Annual statistical returns and brief notes on vaccination in Bengal - 1909-1929
Year: 1909
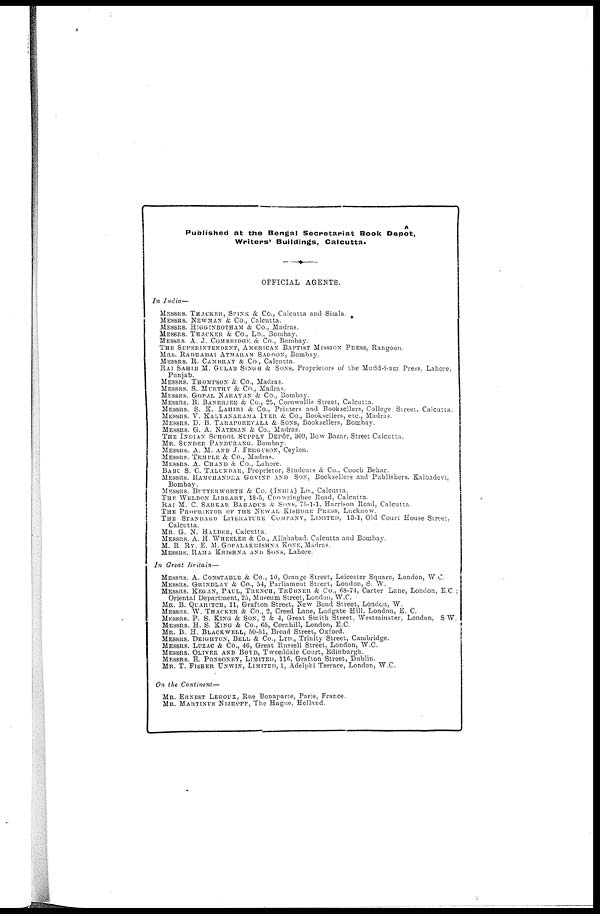
Published at the Bengal Secretariat Book Depôt,
Writers' Buildings, Calcutta.
OFFICIAL AGENTS.
In India—
MESSRS. THACKER, SPINK & Co., Calcutta and Simla.
MESSRS. NEWMAN & Co., Calcutta.
MESSRS. HIGGINBOTHAM & Co., Madras.
MESSRS. THACKER & Co.. LD., Bombay.
MESSRS. A. J. COMBRIDGE & Co., Bombay.
THE SUPERINTENDENT, AMERICAN BAPTIST MISSION PRESS, Rangoon.
MRS. RADHABAI ATMARAM SAGOON, Bombay.
MESSRS. R. CAMBRAY & Co., Calcutta.
RAI SAHIB M. GULAB SINGH & SONS, Proprietors of the Mufid-i-am Press, Lahore,
Punjab.
MESSRS. THOMPSON & Co., Madras.
MESSRS. S. MURTHY & Co., Madras.
MESSRS. GOPAL, NARAYAN & Co., Bombay.
MESSRS. B. BANERJEE & Co., 25, Cornwallis Street, Calcutta.
MESSRS. S. K. LAHIRI & Co., Printers and Booksellers, College Street, Calcutta.
MESSRS. V. KALYANARAMA IYER & Co., Booksellers, etc., Madras.
MESSRS. D. B. TARAPOREVALA & SONS, Booksellers, Bombay.
MESSRS. G. A. NATESAN & Co., Madras.
THE INDIAN SCHOOL SUPPLY DEPÔT, 309, Bow Bazar, Street Calcutta.
MR. SUNDER PANDURANG. Bombay.
MESSRS. A. M. AND J. FERGUSON, Ceylon.
MESSRS. TEMPLE & Co., Madras.
MESSRS. A. CHAND & Co., Lahore.
BABU S. C. TALUKDAR, Proprietor, Students & Co., Cooch Behar.
MESSRS. RAMCHANDRA GOVIND AND SON, Booksellers and Publishers. Kalbadevi,
Bombay.
MESSRS. BUTTERWORTH & Co. (INDIA) LD., Calcutta.
THE WELDON LIBRARY, 18-5, Chowringhee Road, Calcutta.
RAI M. C. SARKAR BAHADUR & SONS, 75-1-1, Harrison Road, Calcutta.
THE PROPRIETOR OF THE NEWAL KISHORE PRESS, Lucknow.
THE STANDARD LITERATURE COMPANY, LIMITED, 13-1, Old Court House Street,
Calcutta.
MR. G. N. HALDER, Calcutta.
MESSRS. A. H. WHEELER & Co., Allahabad. Calcutta and Bombay.
M. R. RY. E. M. GOPALAKRISHNA KONE, Madras.
MESSRS. RAMA KRISHNA AND SONS, Lahore.
In Great Britain—
MESSRS. A. CONSTABLE & Co., 10, Orange Street, Leicester Square, London, W.C.
MESSRS. GRINDLAY & Co., 54, Parliament Street, London, S. W.
MESSRS. KEGAN, PAUL, TRENCH, TRÜBNER & Co., 68-74, Carter Lane, London, E.C.;
Oriental Department, 25, Museum Street, London, W.C.
MR. B. QUARITCH, 11, Grafton Street, New Bond Street, London, W.
MESSRS. W. THACKER & Co., 2, Creed Lane, Ludgate Hill, London, E. C.
MESSRS. P. S. KING & SON, 2 & 4, Great Smith Street, Westminster, London, S W.
MESSRS. H. S. KING & Co., 65, Cornhill, London, E.C.
MR. B. H. BLACKWELL, 50-51, Broad Street, Oxford.
MESSRS. DEIGHTON, BELL & Co., LTD., Trinity Street, Cambridge.
MESSRS. LUZAC & Co., 46, Great Russell Street, London, W.C.
MESSRS. OLIVER AND BOYD, Tweeddale Court, Edinburgh.
MESSRS. E. PONSONBY, LIMITED, 116, Grafton Street, Dublin.
MR. T. FISHER UNWIN, LIMITED, 1, Adelphi Terrace, London, W.C.
On the Continent—
MR. ERNEST LEROUX, Rue Bonaparte, Paris, France.
MR. MARTINUS NIJHOFF, The Hague, Holland.